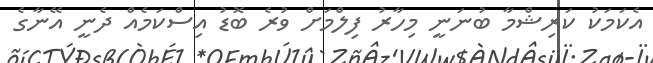
އެކަމަކު ކަރިޝްމާ ބުނަނީ މިހާރު ފިލްމަށް ވުރެ ބޮޑު އިސްކަމެއް ދެނީ އޭނާގެ